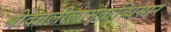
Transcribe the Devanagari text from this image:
श्रीदत्तलीलामृताब्धिसार